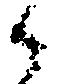
候